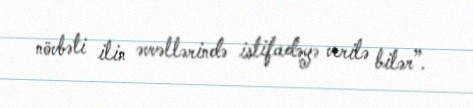
növbəti ilin əvvəllərində istifadəyə verilə bilər”.